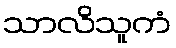
သာလိသူကံ